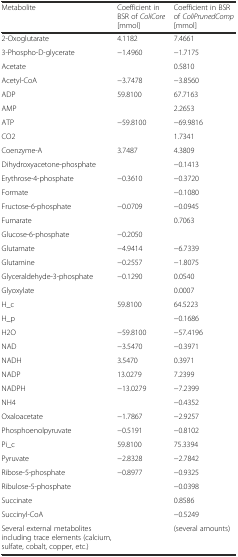
| Metabolite | Coefficient in BSR of ColiCore [mmol] | Coefficient in BSR of ColiPrunedComp [mmol] |
 | --- | --- | --- |
 | 2-Oxoglutarate | 4.1182 | 7.4661 |
 | 3-Phospho-D-glycerate | −1.4960 | −1.7175 |
 | Acetate |  | 0.5810 |
 | Acetyl-CoA | −3.7478 | −3.8560 |
 | ADP | 59.8100 | 67.7163 |
 | AMP |  | 2.2653 |
 | ATP | −59.8100 | −69.9816 |
 | CO2 |  | 1.7341 |
 | Coenzyme-A | 3.7487 | 4.3809 |
 | Dihydroxyacetone-phosphate |  | −0.1413 |
 | Erythrose-4-phosphate | −0.3610 | −0.3720 |
 | Formate |  | −0.1080 |
 | Fructose-6-phosphate | −0.0709 | −0.0945 |
 | Fumarate |  | 0.7063 |
 | Glucose-6-phosphate | −0.2050 |  |
 | Glutamate | −4.9414 | −6.7339 |
 | Glutamine | −0.2557 | −1.8075 |
 | Glyceraldehyde-3-phosphate | −0.1290 | 0.0540 |
 | Glyoxylate |  | 0.0007 |
 | H_c | 59.8100 | 64.5223 |
 | H_p |  | −0.1686 |
 | H2O | −59.8100 | −57.4196 |
 | NAD | −3.5470 | −0.3971 |
 | NADH | 3.5470 | 0.3971 |
 | NADP | 13.0279 | 7.2399 |
 | NADPH | −13.0279 | −7.2399 |
 | NH4 |  | −0.4352 |
 | Oxaloacetate | −1.7867 | −2.9257 |
 | Phosphoenolpyruvate | −0.5191 | −0.8102 |
 | Pi_c | 59.8100 | 75.3394 |
 | Pyruvate | −2.8328 | −2.7842 |
 | Ribose-5-phosphate | −0.8977 | −0.9325 |
 | Ribulose-5-phosphate |  | −0.0398 |
 | Succinate |  | 0.8586 |
 | Succinyl-CoA |  | −0.5249 |
 | Several external metabolites including trace elements (calcium, sulfate, cobalt, copper, etc.) |  | (several amounts) |